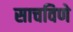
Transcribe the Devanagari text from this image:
साचविणे